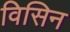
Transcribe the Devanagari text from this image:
विसिन